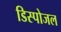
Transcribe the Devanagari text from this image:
डिस्पोजल